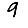
Digit: 9